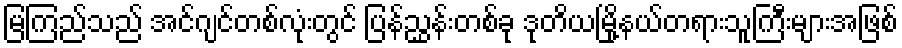
မြကြည်သည် အင်ဂျင်တစ်လုံးတွင် ပြန်ညွှန်းတစ်ခု ဒုတိယမြို့နယ်တရားသူကြီးများအဖြစ်